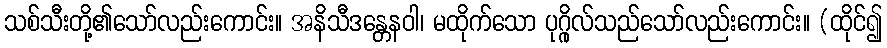
သစ်သီးတို့၏သော်လည်းကောင်း။ အနိသီဒန္တေနဝါ၊ မထိုက်သော ပုဂ္ဂိုလ်သည်သော်လည်းကောင်း။ (ထိုင်၍